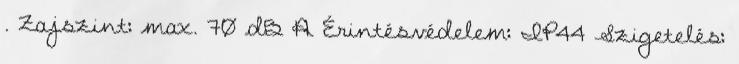
. Zajszint: max. 70 dB A Érintésvédelem: IP44 Szigetelés: